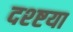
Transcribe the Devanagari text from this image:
दश्ष्टया